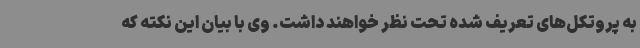
به پروتکل‌های تعریف شده تحت نظر خواهند داشت. وی با بیان این نکته که